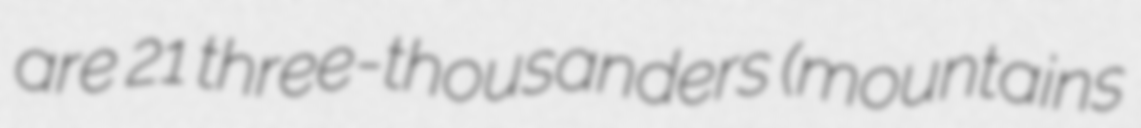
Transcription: are 21 three-thousanders (mountains